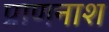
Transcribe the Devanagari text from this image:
प्राणनाश